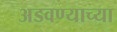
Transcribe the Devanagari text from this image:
अडवण्याच्या